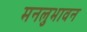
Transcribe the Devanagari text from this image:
मनलुभावन